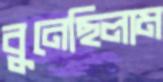
বুনেছিলাম